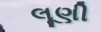
લૂણી